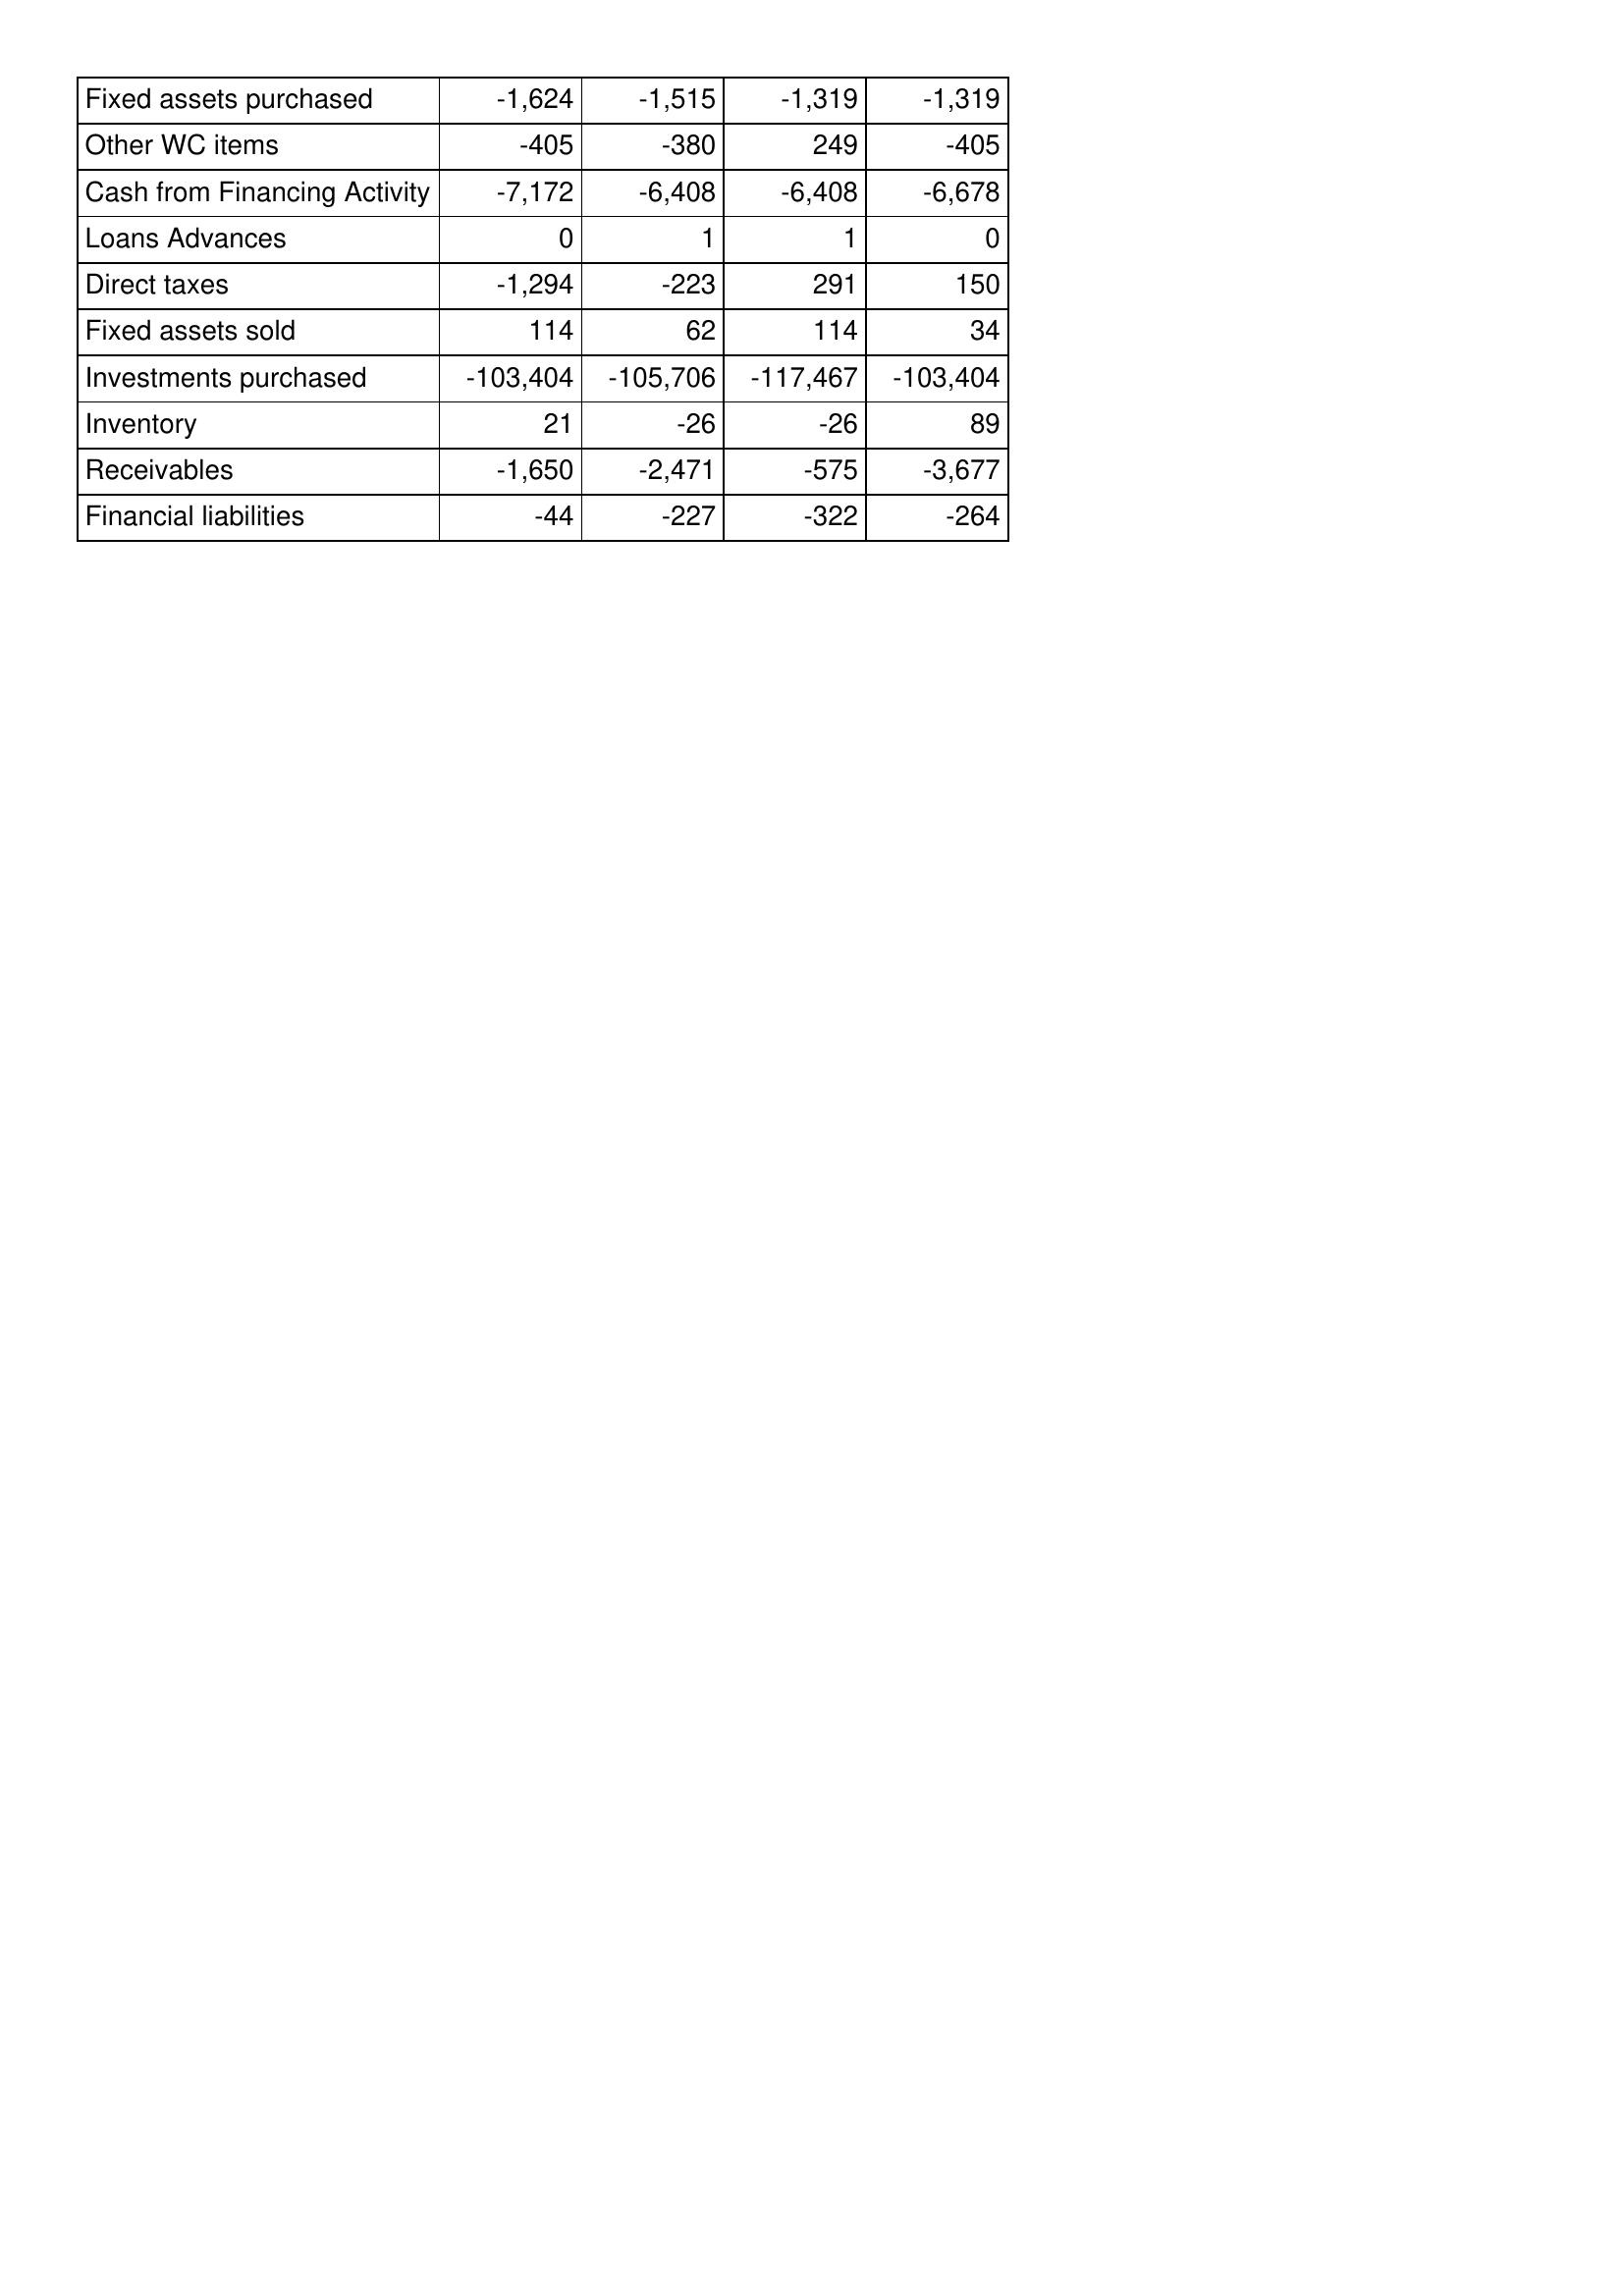
Jul-14: Cash Flows: Fixed assets purchased: -1,624
Other WC items: -405
Cash from Financing Activity: -7,172
Loans Advances: 0
Direct taxes: -1,294
Fixed assets sold: 114
Investments purchased: -103,404
Inventory: 21
Receivables: -1,650
Financial liabilities: -44
Jul-15: Cash Flows: Fixed assets purchased: -1,515
Other WC items: -380
Cash from Financing Activity: -6,408
Loans Advances: 1
Direct taxes: -223
Fixed assets sold: 62
Investments purchased: -105,706
Inventory: -26
Receivables: -2,471
Financial liabilities: -227
Jul-16: Cash Flows: Fixed assets purchased: -1,319
Other WC items: 249
Cash from Financing Activity: -6,408
Loans Advances: 1
Direct taxes: 291
Fixed assets sold: 114
Investments purchased: -117,467
Inventory: -26
Receivables: -575
Financial liabilities: -322
Jul-17: Cash Flows: Fixed assets purchased: -1,319
Other WC items: -405
Cash from Financing Activity: -6,678
Loans Advances: 0
Direct taxes: 150
Fixed assets sold: 34
Investments purchased: -103,404
Inventory: 89
Receivables: -3,677
Financial liabilities: -264